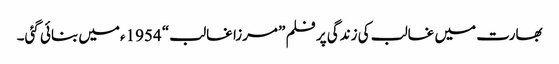
بھارت میں غالب کی زندگی پر فلم ”مرزا غالب“ 1954ءمیں بنائی گئی۔